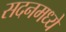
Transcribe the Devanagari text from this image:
सदनमध्ये